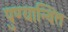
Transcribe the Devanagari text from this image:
पुण्यान्वित